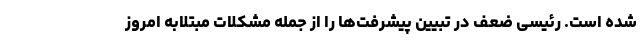
شده است. رئیسی ضعف در تبیین پیشرفت‌ها را از جمله مشکلات مبتلابه امروز